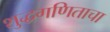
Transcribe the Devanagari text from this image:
शुद्धगणिताचा